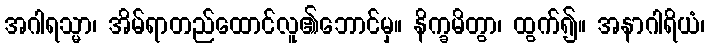
အဂါရသ္မာ၊ အိမ်ရာတည်ထောင်လူ၏ဘောင်မှ။ နိက္ခမိတွာ၊ ထွက်၍။ အနာဂါရိယံ၊